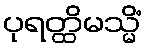
ပုရတ္ထိမသ္မိံ